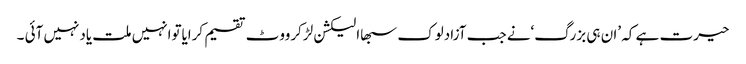
حیرت ہے کہ ’ان ہی بزرگ‘نے جب آزادلوک سبھاالیکشن لڑکرووٹ تقسیم کرایاتوانہیں ملت یادنہیں آئی ۔